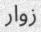
زوار